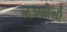
ભડલીથી